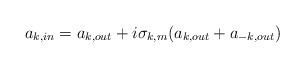
LaTeX: \begin{align*}a_{k,in}= a_{k,out}+ i\sigma_{k,m} (a_{k,out}+a_{-k,out})\end{align*}